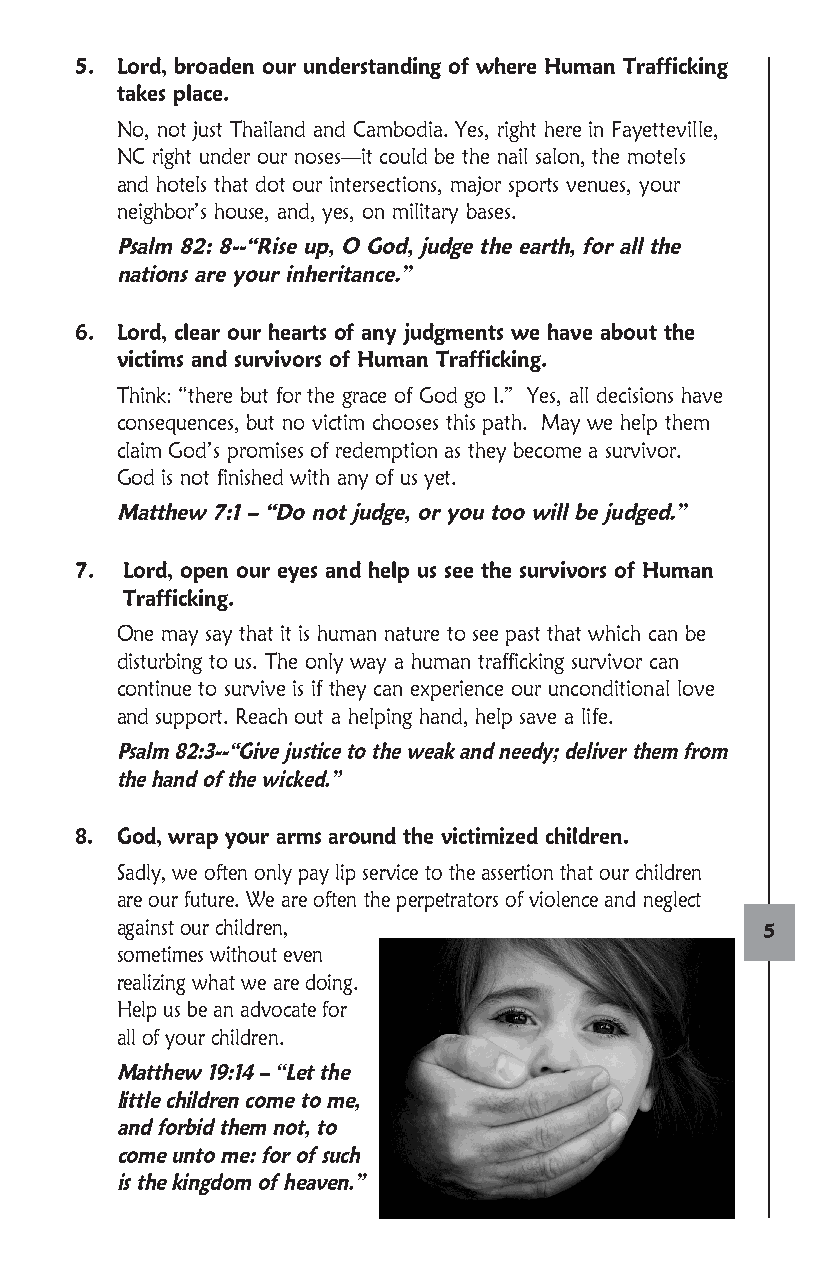
5. Lord, broaden our understanding of where Human Trafficking
 takes place.
 N o, not just Thailand and Cambodia. Yes, right here in Fayetteville,
 NC right under our noses—it could be the nail salon, the motels
 and hotels that dot our intersections, major sports venues, your
 neighbor’s house, and, yes, on military bases.
 P salm 82: 8--“Rise up, O God, judge the earth, for all the
 nations are your inheritance.”
 6. Lord, clear our hearts of any judgments we have about the
 victims and survivors of Human Trafficking.
 T hink: “there but for the grace of God go I.” Yes, all decisions have
 consequences, but no victim chooses this path. May we help them
 claim God’s promises of redemption as they become a survivor.
 God is not finished with any of us yet.
 M atthew 7:1 – “Do not judge, or you too will be judged.”
 7. Lord, open our eyes and help us see the survivors of Human
 Trafficking.
 O ne may say that it is human nature to see past that which can be
 disturbing to us. The only way a human trafficking survivor can
 continue to survive is if they can experience our unconditional love
 and support. Reach out a helping hand, help save a life.
 P salm 82:3--“Give justice to the weak and needy; deliver them from
 the hand of the wicked.”
 8. G od, wrap your arms around the victimized children.
 Sadly, we often only pay lip service to the assertion that our children
 are our future. We are often the perpetrators of violence and neglect
 against our children,                     5
 sometimes without even
 realizing what we are doing.
 Help us be an advocate for
 all of your children.
 M atthew 19:14 – “Let the
 little children come to me,
 and forbid them not, to
 come unto me: for of such
 is the kingdom of heaven.”